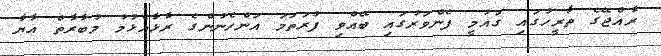
ރާއްޖޭގެ ތާރީހުގައި ގައުމީ ފެންވަރުގައި ބޭއްވި ފުރަތަމަ އަންހެނުންގެ ރާޅާއެޅުމު މުބާރާތް އާޔާ